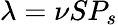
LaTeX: \lambda=\nu SP_{s}